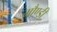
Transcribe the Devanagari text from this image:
मौण्डी